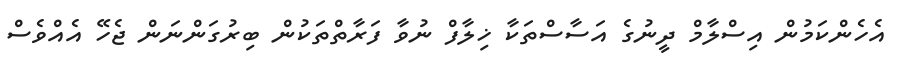
އެހެންކަމުން އިސްލާމް ދީނުގެ އަސާސްތަކާ ޚިލާފް ނުވާ ފަރާތްތަކުން ބިރުގަންނަން ޖެހޭ އެއްވެސް